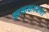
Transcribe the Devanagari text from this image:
झळकावला